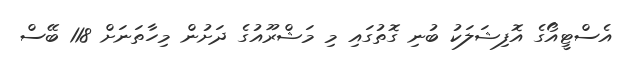
އެސްޓީއޯގެ އޮފިޝަލަކު ބުނި ގޮތުގައި މި މަޝްރޫއުގެ ދަށުން މިހާތަނަށް 118 ބޭސް